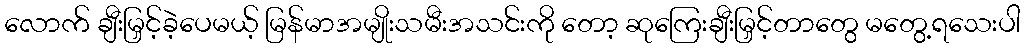
လောက် ချီးမြှင့်ခဲ့ပေမယ့် မြန်မာအမျိုးသမီးအသင်းကို တော့ ဆုကြေးချီးမြှင့်တာတွေ မတွေ့ရသေးပါ